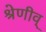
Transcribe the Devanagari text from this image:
श्रेणीव्